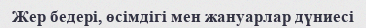
Жер бедері, өсімдігі мен жануарлар дүниесі